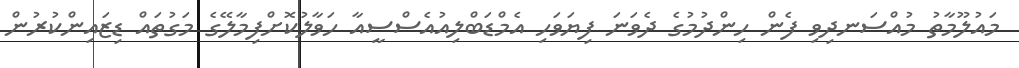
މައުލޫމާތު މުއްސަނދިވި ފެން ހިންދުމުގެ ދެވަނަ ފިޔަވަހި އެމްޑަބްލިއުއެސްސީއާ ހަވާލުކޮށްފިމާލޭގެ މަގުތައް ޑިޒައިންކުރުން